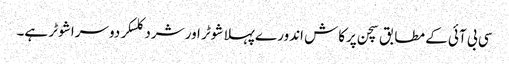
سی بی آئی کے مطابق سچن پرکاش اندورے پہلا شوٹر اور شرد کلسکر دوسرا شوٹر ہے۔